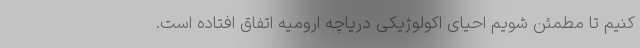
کنیم تا مطمئن شویم احیای اکولوژیکی دریاچه ارومیه اتفاق افتاده است.